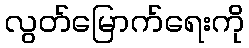
လွတ်မြောက်ရေးကို